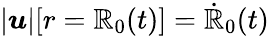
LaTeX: |\boldsymbol{u}|[r=\mathbb{R}_{0}(t)]=\dot{{\mathbb{R}}}_{0}(t)